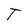
Character: t